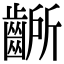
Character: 齭